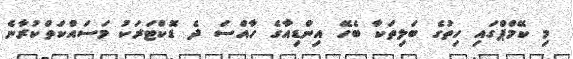
މި ކޭމްޕްގައި ހިތުގެ ބަލިތަކާ ބެހޭ އިންޑިއާގެ ހާއްސަ ދެ ޑޮކްޓަރަކު މަސައްކަތްކުރާނެ